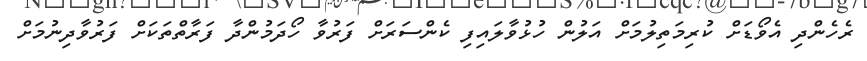
ރެހެންދި އެވޯޑަށް ކުރިމަތިލުމަށް އަލުން ހުޅުވާލައިފި ކެންސަރަށް ފަރުވާ ހޯދަމުންދާ ފަރާތްތަކަށް ފަރުވާދިނުމަށް